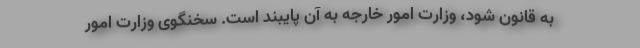
به قانون شود، وزارت امور خارجه به آن پایبند است. سخنگوی وزارت امور